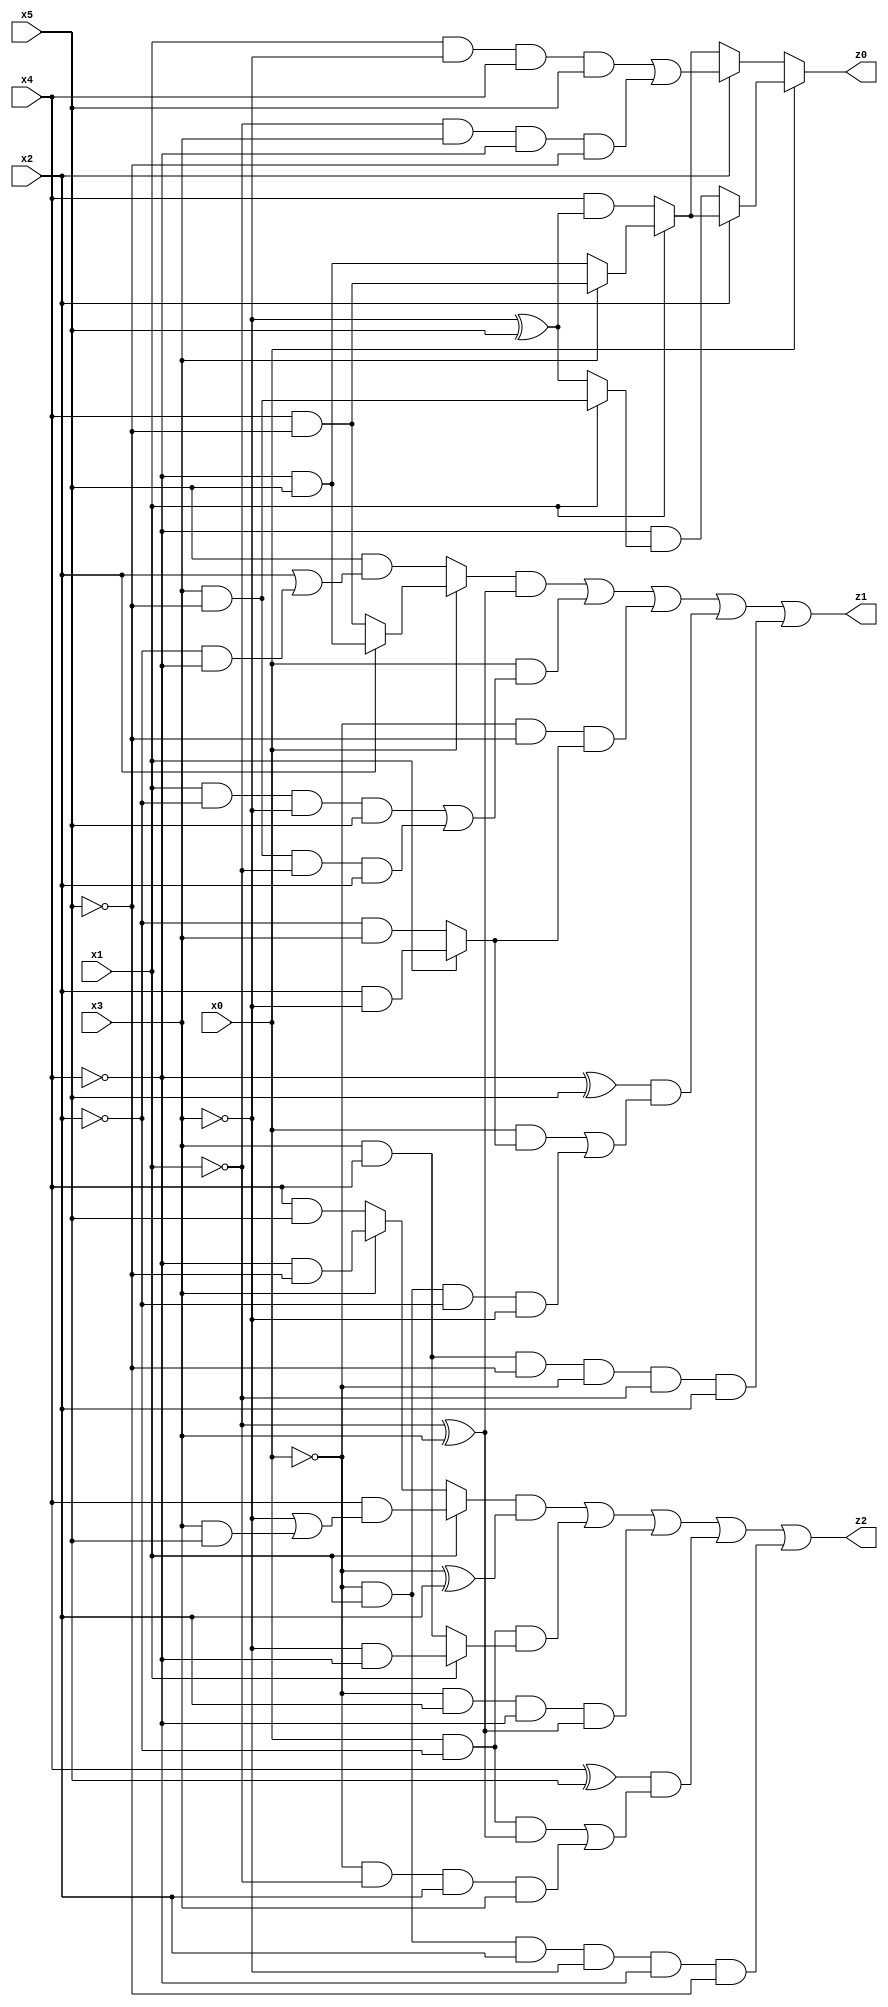
// Benchmark "q_2" written by ABC on Mon Jul 10 22:36:34 2023

module q_2 ( 
    x0, x1, x2, x3, x4, x5,
    z0, z1, z2  );
  input  x0, x1, x2, x3, x4, x5;
  output z0, z1, z2;
  assign z0 = x0 ? (x2 ? (x1 ? (x3 ? (x4 & ~x5) : (~x4 & x5)) : (x4 & (~x3 ^ x5))) : (~x4 & (x1 ? (x3 & ~x5) : (~x3 ^ x5)))) : (x2 ? ((x1 & ~x3 & x4 & x5) | (~x1 & x3 & ~x4 & ~x5)) : (x1 ? (x3 ? (x4 & ~x5) : (~x4 & x5)) : (x4 & (~x3 ^ x5))));
  assign z1 = ((x0 ? (x2 ? (~x4 & x5) : (x4 & ~x5)) : (x5 & (x2 | (~x2 & ~x4)))) & (~x1 ^ x3)) | (x0 & ((x1 & ~x2 & ~x3 & x5) | (x3 & ~x5 & ~x1 & x2))) | (~x0 & ~x5 & (x1 ? (x2 & ~x3) : (~x2 & x3))) | ((~x4 ^ x5) & ((x0 & (x1 ? (x2 & ~x3) : (~x2 & x3))) | (~x0 & x1 & ~x2 & ~x3))) | (x3 & x4 & ~x5 & ~x0 & ~x1 & x2);
  assign z2 = ((x1 ? (x4 & (~x3 | (x3 & x5))) : (x3 ? (~x4 & ~x5) : (x4 & x5))) & (~x0 ^ x2)) | (x0 & ~x2 & (x1 ? (~x3 & ~x4) : (x3 & x4))) | (~x0 & x2 & ~x4 & (~x1 ^ x3)) | ((x4 ^ x5) & ((x0 & ~x2 & (~x1 ^ x3)) | (~x0 & ~x1 & x2 & x3))) | (~x0 & x1 & x2 & ~x3 & ~x4 & ~x5);
endmodule